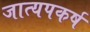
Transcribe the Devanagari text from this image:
जात्यपकर्ष